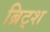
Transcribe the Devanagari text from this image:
ब्रिट्श